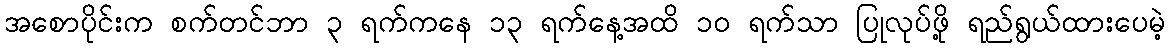
အစောပိုင်းက စက်တင်ဘာ ၃ ရက်ကနေ ၁၃ ရက်နေ့အထိ ၁၀ ရက်သာ ပြုလုပ်ဖို့ ရည်ရွယ်ထားပေမဲ့